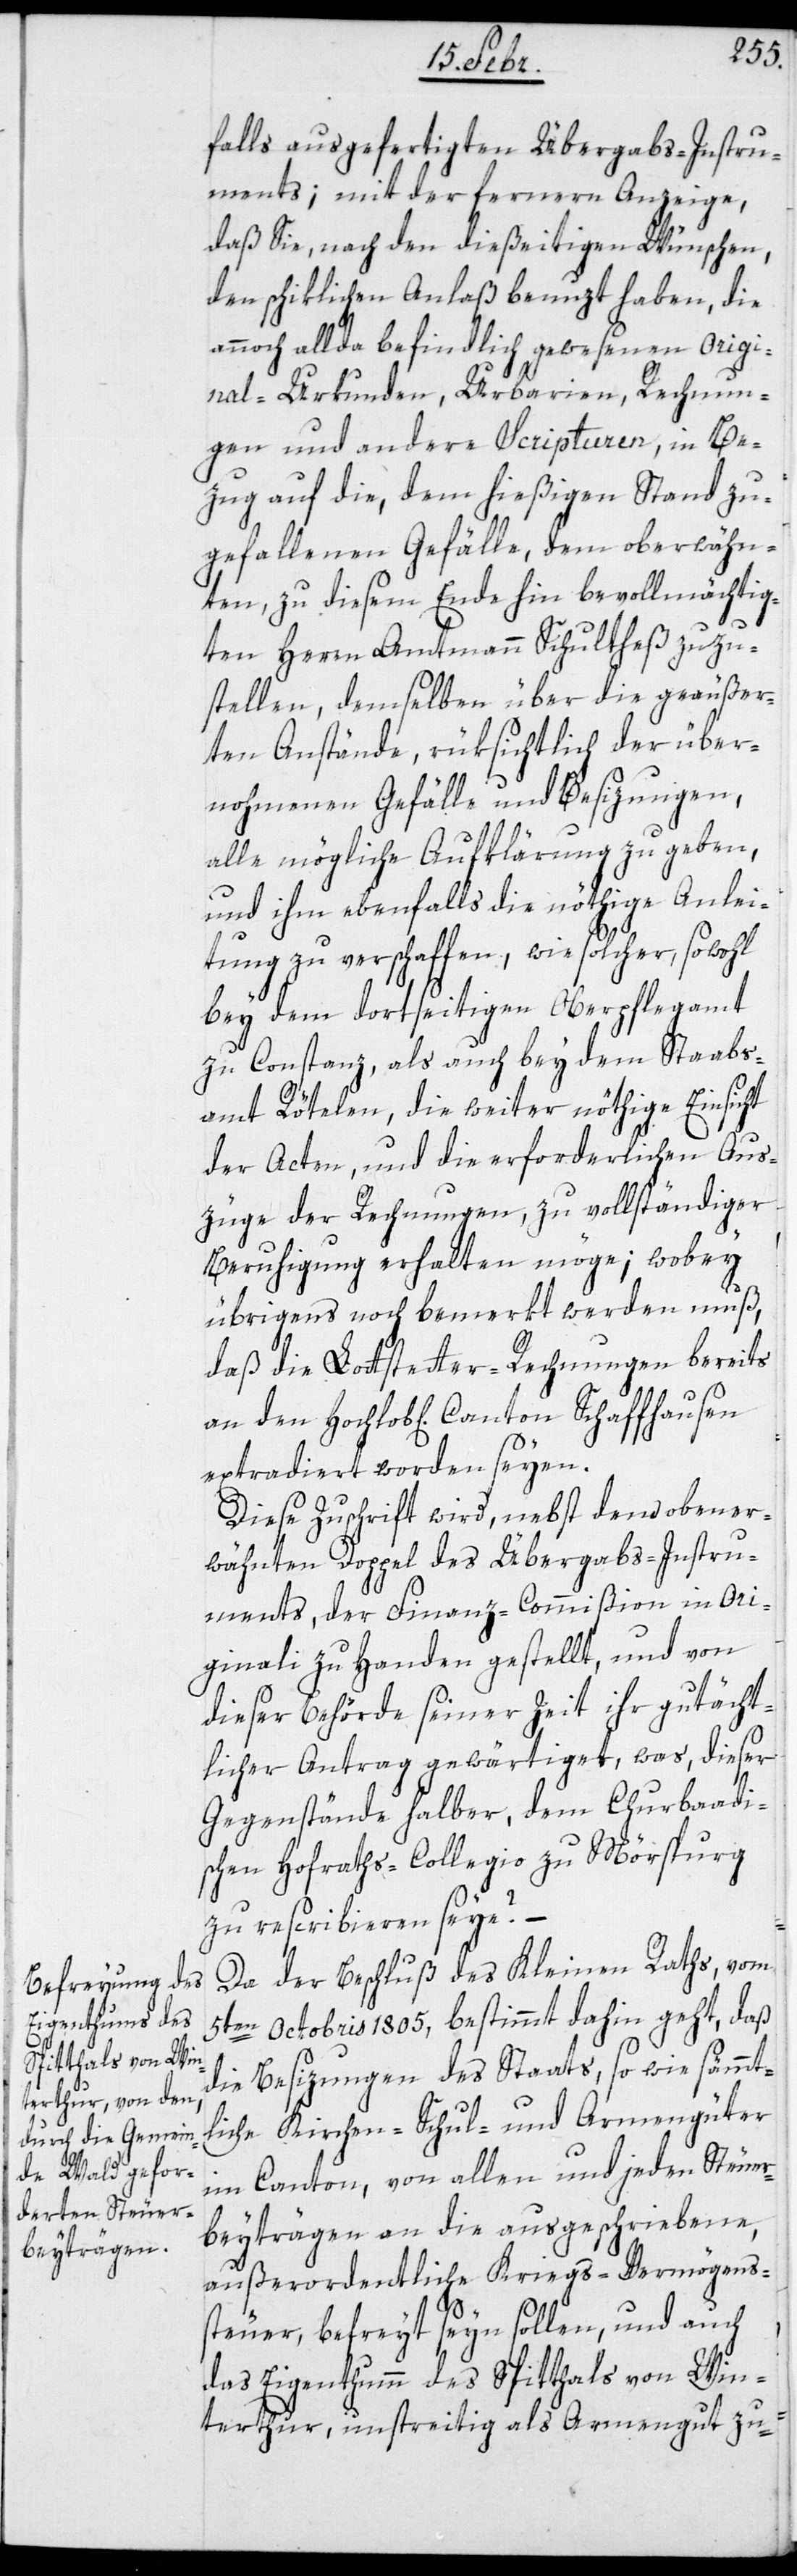
an den
falls ausgefertigten Übergabs-Instru¬
ments; mit der fernern Anzeige,
daß Sie, nach den dießeitigen Wünschen,
den schiklichen Anlaß benuzt haben, die
annoch allda befindlich gewesenen Origi¬
nal-Urkunden, Urbarien, Rechnun¬
gen und andere Scripturen, in Be¬
zug auf die, dem hießigen Stand zu¬
gefallenen Gefälle, dem oberwähn¬
ten, zu diesem Ende hin bevollmächtig¬
ten Herrn Amtmann Schultheß zuzu¬
stellen, demselben über die geäußer¬
ten Anstände, rüksichtlich der über¬
nohmenen Gefälle und Besizungen,
alle mögliche Aufklärung zu geben,
und ihm ebenfalls die nöthige Anlei¬
tung zu verschaffen, wie solcher, sowohl
bey dem dortseitigen Oberpflegamt
zu Constanz, als auch bey dem Staabs¬
amt Rötelen, die weiter nöthige Einsicht
der Acten, und die erforderlichen Aus¬
züge der Rechnungen, zu vollständiger
Beruhigung erhalten möge; wobey
übrigens noch bemerkt werden muß,
daß die Lottstetter-Rechnungen bereits
extradiert worden seyen.
Diese Zuschrift wird, nebst dem oben er¬
wähnten Doppel des Übergabs-Instru¬
ments, der Finanz-Commißion in Ori¬
ginali zu Handen gestellt, und von
dieser Behörde seiner Zeit ihr gutächt¬
licher Antrag gewärtiget, was, dieser
Gegenstände halber, dem Churbaadi¬
schen Hofraths-Collegio zu Mörspurg
zu rescribieren seye?
Da der Beschluß des Kleinen Raths, vom
5ten Octobris 1805, bestimmt dahin geht, daß
die Besizungen des Staats, so wie sämmt¬
liche Kirchen-, Schul- und Armengüter
im Canton, von allen und jeden Steuer¬
beyträgen an die ausgeschriebene,
außerordentliche Kriegs-Vermögens¬
steuer, befreyt seyn sollen, und auch
das Eigenthumm des Spitthals von Win¬
terthur, unstreitig als Armengut zu-